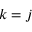
k = j